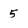
Character: 5